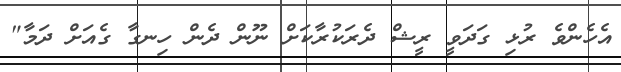
އެހެންވެ ރުޅި ގަދަވީ ރީޝް ދެރަކުރާކަށް ނޫން ދެން ހިނގާ ގެއަށް ދަމާ"